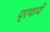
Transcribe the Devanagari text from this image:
प्रथाये